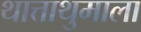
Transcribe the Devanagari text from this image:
थात्ताथुमाला